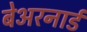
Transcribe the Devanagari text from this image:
बेअरनार्ड